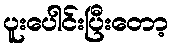
ပူးပေါင်းပြီးတော့